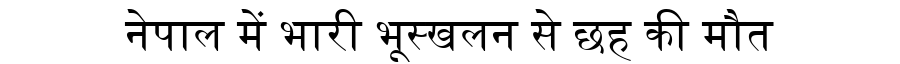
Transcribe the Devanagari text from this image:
नेपाल में भारी भूस्खलन से छह की मौत